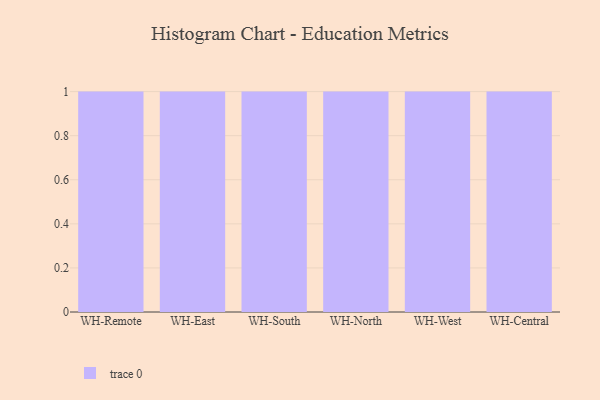
{"axis": {"x": "Warehouse", "y": "Page Views"}, "legend": [""], "data": [{"x": "WH-Remote", "y": 40, "type": ""}, {"x": "WH-East", "y": 5, "type": ""}, {"x": "WH-South", "y": 67, "type": ""}, {"x": "WH-North", "y": 47, "type": ""}, {"x": "WH-West", "y": 21, "type": ""}, {"x": "WH-Central", "y": 21, "type": ""}]}